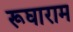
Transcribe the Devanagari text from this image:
रूघाराम